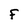
Character: f